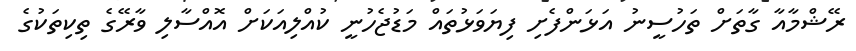
ރޭޝްމާއާ ގާތަށް ތަހުސީނު އަޅަންފެށި ފިޔަވަޅުތައް މަޑުޖެހުނީ ކުއްލިއަކަށް އޮއްސާލި ވާރޭގެ ތިކިތަކުގެ